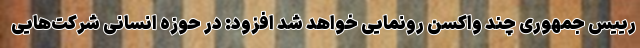
رییس جمهوری چند واکسن رونمایی خواهد شد افزود: در حوزه انسانی شرکت‌هایی